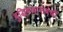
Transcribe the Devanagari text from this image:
बुद्धिबळासंबंधी